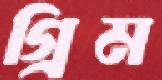
গ্রিম